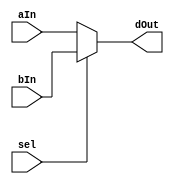
`timescale 1ns / 1ps
//////////////////////////////////////////////////////////////////////////////////
// Company: 
// Engineer: 
// 
// Design Name: 
// Module Name: Mux16B2to1
// Project Name: 
// Target Devices: 
// Tool Versions: 
// Description: 
// 
// Dependencies: 
// 
// Revision:
// Revision 0.01 - File Created
// Additional Comments:
// 
//////////////////////////////////////////////////////////////////////////////////


module Mux16B2to1(
    input [15:0] aIn,
    input [15:0] bIn,
    input sel,
    output [15:0] dOut
  );
  
  assign dOut[15:0] = (sel) ? bIn [15:0] : aIn [15:0];
  
endmodule